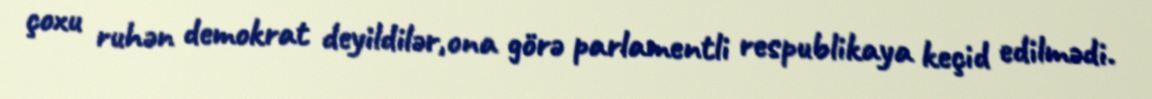
çoxu ruhən demokrat deyildilər,ona görə parlamentli respublikaya keçid edilmədi.